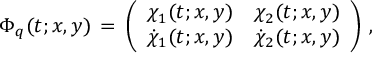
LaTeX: \Phi _ { q } ( t ; x , y ) \, = \, \left( \begin{array} { c c } { { \chi _ { 1 } ( t ; x , y ) } } & { { \chi _ { 2 } ( t ; x , y ) } } \\ { { { \dot { \chi } _ { 1 } ( t ; x , y ) } } } & { { { \dot { \chi } _ { 2 } ( t ; x , y ) } } } \end{array} \right) \, ,